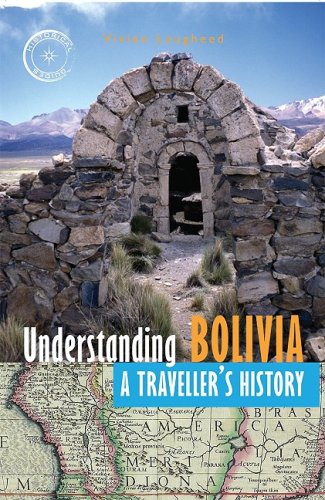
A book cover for Understanding Bolivia: A Traveller's History (Historical Guides Series); Vivien Lougheed; Travel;